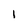
Character: I